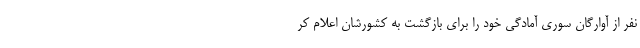
نفر از آوارگان سوری آمادگی خود را برای بازگشت به کشورشان اعلام کر